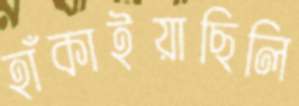
হাঁকাইয়াছিলি